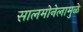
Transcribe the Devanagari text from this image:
सालमोनेलामुळे